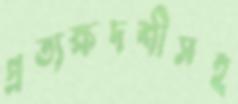
প্রত্যক্ষদর্শীসহ